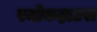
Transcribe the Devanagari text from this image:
स्मोकहाउस